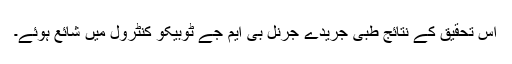
اس تحقیق کے نتائج طبی جریدے جرنل بی ایم جے ٹوبیکو کنٹرول میں شائع ہوئے۔